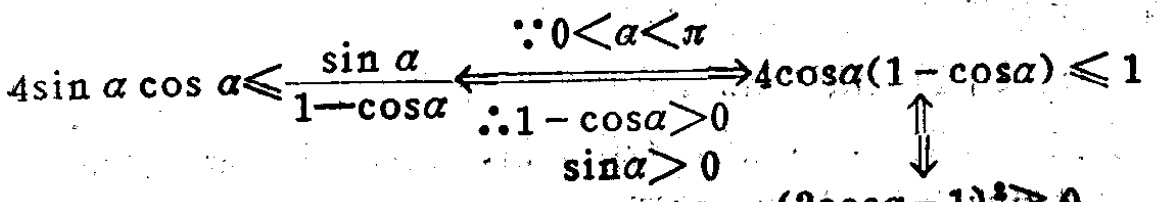
\[
4\sin\alpha\cos\alpha\leqslant\frac{\sin\alpha}{1 - \cos\alpha}
\xleftarrow{\begin{subarray}{l}
\because0<\alpha<\pi\\
\therefore1 - \cos\alpha>0\\
\sin\alpha>0
\end{subarray}}
4\cos\alpha(1 - \cos\alpha)\leqslant1
\]